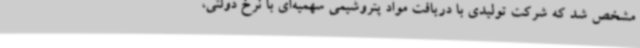
مشخص شد که شرکت تولیدی با دریافت مواد پتروشیمی سهمیه‌ای با نرخ دولتی،